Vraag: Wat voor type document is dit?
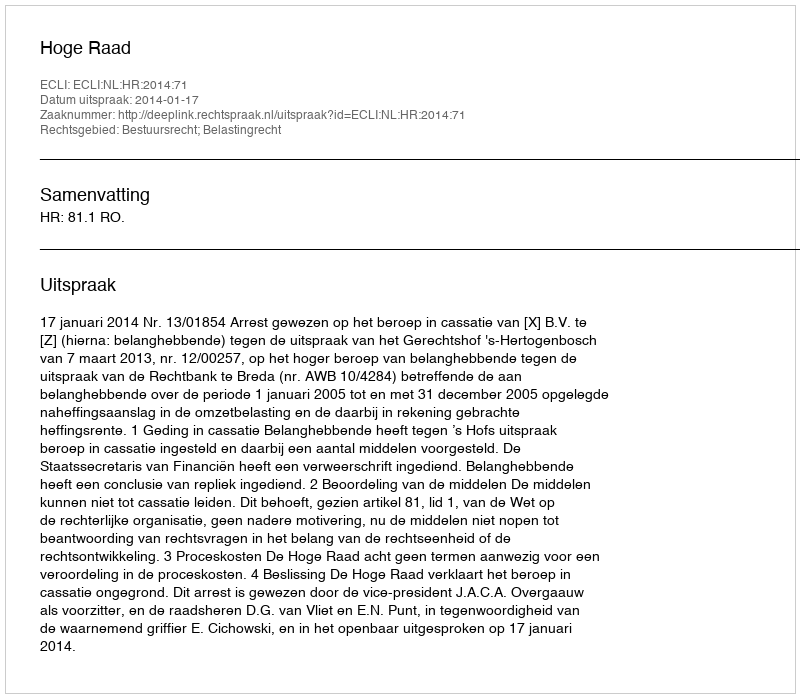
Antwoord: Uitspraak